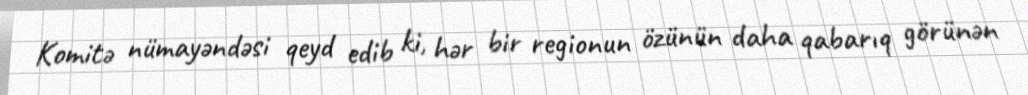
Komitə nümayəndəsi qeyd edib ki, hər bir regionun özünün daha qabarıq görünən